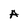
Character: A